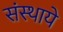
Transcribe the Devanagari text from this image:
संस्थाये